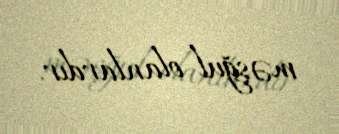
məşğul olanlardır.